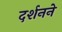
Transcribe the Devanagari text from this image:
दर्शनने